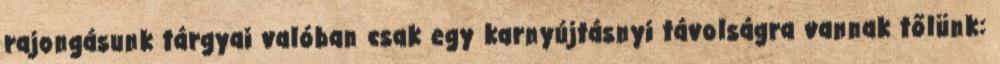
rajongásunk tárgyai valóban csak egy karnyújtásnyi távolságra vannak tőlünk: